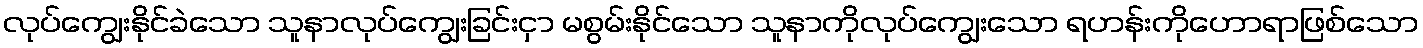
လုပ်ကျွေးနိုင်ခဲသော သူနာလုပ်ကျွေးခြင်းငှာ မစွမ်းနိုင်သော သူနာကိုလုပ်ကျွေးသော ရဟန်းကိုဟောရာဖြစ်သော